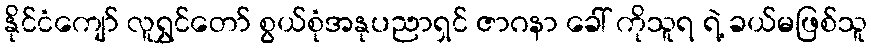
နိုင်ငံကျော် လူရွှင်တော် စွယ်စုံအနုပညာရှင် ဇာဂနာ ခေါ် ကိုသူရ ရဲ့ ခယ်မဖြစ်သူ